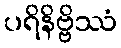
ပရိနိဗ္ဗိဿံ